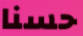
حسنا